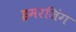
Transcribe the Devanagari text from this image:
इमरजिंग